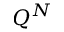
Q ^ { N }